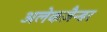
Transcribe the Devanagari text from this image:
अलेकज़ैन्डर